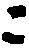
ニ